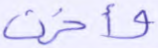
وأخرت